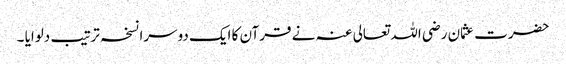
حضرت عثمان رضی اللہ تعالی عنہ نے قرآن کا ایک دوسرا نسخہ ترتیب دلوایا ۔